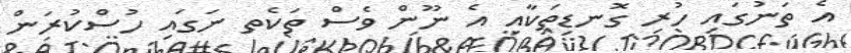
އެ ތަނުގައި ހުރި ގޮނޑިތަކާއި އެ ނޫން ވެސް ތަކެތ ނަގައި ހުސްކުރަން